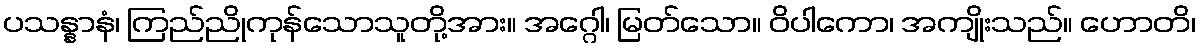
ပသန္နာနံ၊ ကြည်ညိုကုန်သောသူတို့အား။ အဂ္ဂေါ၊ မြတ်သော။ ဝိပါကော၊ အကျိုးသည်။ ဟောတိ၊